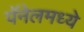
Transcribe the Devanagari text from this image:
पॅनेलमध्ये